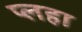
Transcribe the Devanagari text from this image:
प्लहा